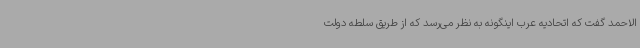
الاحمد گفت که اتحادیه عرب اینگونه به نظر می‌رسد که از طریق سلطه دولت